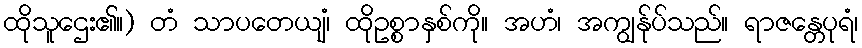
ထိုသူဌေး၏။) တံ သာပတေယျံ၊ ထိုဥစ္စာနှစ်ကို။ အဟံ၊ အကျွန်ုပ်သည်။ ရာဇန္တေပုရံ၊